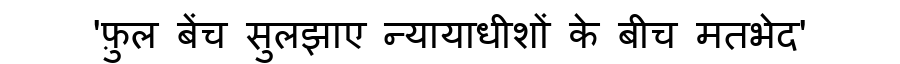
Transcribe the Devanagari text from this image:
'फ़ुल बेंच सुलझाए न्यायाधीशों के बीच मतभेद'